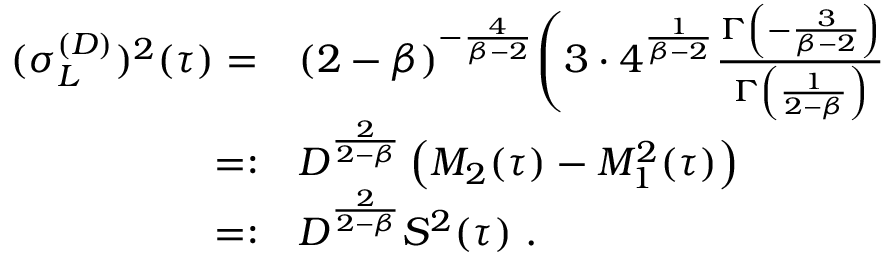
\begin{array} { r l } { ( \sigma _ { L } ^ { ( D ) } ) ^ { 2 } ( \tau ) = } & { { } ( 2 - \beta ) ^ { - \frac { 4 } { \beta - 2 } } \Bigg ( 3 \cdot 4 ^ { \frac { 1 } { \beta - 2 } } \frac { \Gamma \left( - \frac { 3 } { \beta - 2 } \right) } { \Gamma \left( \frac { 1 } { 2 - \beta } \right) } } \\ { = : } & { { } D ^ { \frac { 2 } { 2 - \beta } } \left( M _ { 2 } ( \tau ) - M _ { 1 } ^ { 2 } ( \tau ) \right) } \\ { = : } & { { } D ^ { \frac { 2 } { 2 - \beta } } S ^ { 2 } ( \tau ) \ . } \end{array}